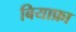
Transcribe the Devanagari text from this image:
बियाफ्रा